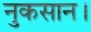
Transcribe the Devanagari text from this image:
नुकसान।